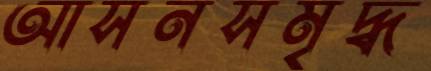
আসনসমৃদ্ধ